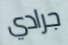
جرادي